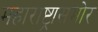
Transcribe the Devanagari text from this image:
महाराष्ट्रासमोर